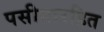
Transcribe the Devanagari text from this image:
पसीनारहित